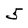
Character: 5